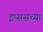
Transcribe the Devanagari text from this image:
इप्ससच्या